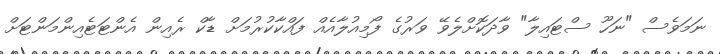
ނަމަވެސް "ނަހޫ ސްޓައިލާ" ވާދަކޮށްލެވޭ ވަރުގެ ފޯމިއުލާއެއް ފައްކާކުރުމަށް ޑާކް ރެއިން އެންޓަޓެއިންމަންޓަށް